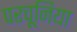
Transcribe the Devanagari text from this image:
परचूनिया